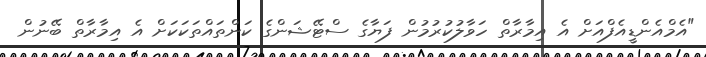
"އެމްއެންޑީއެފްއަށް އެ އިމާރާތް ހަވާލުކުރުމުން ފަޔާގެ ސްޓޭޝަންގެ ކަންތައްތަކަކަށް އެ އިމާރާތް ބޭނުން